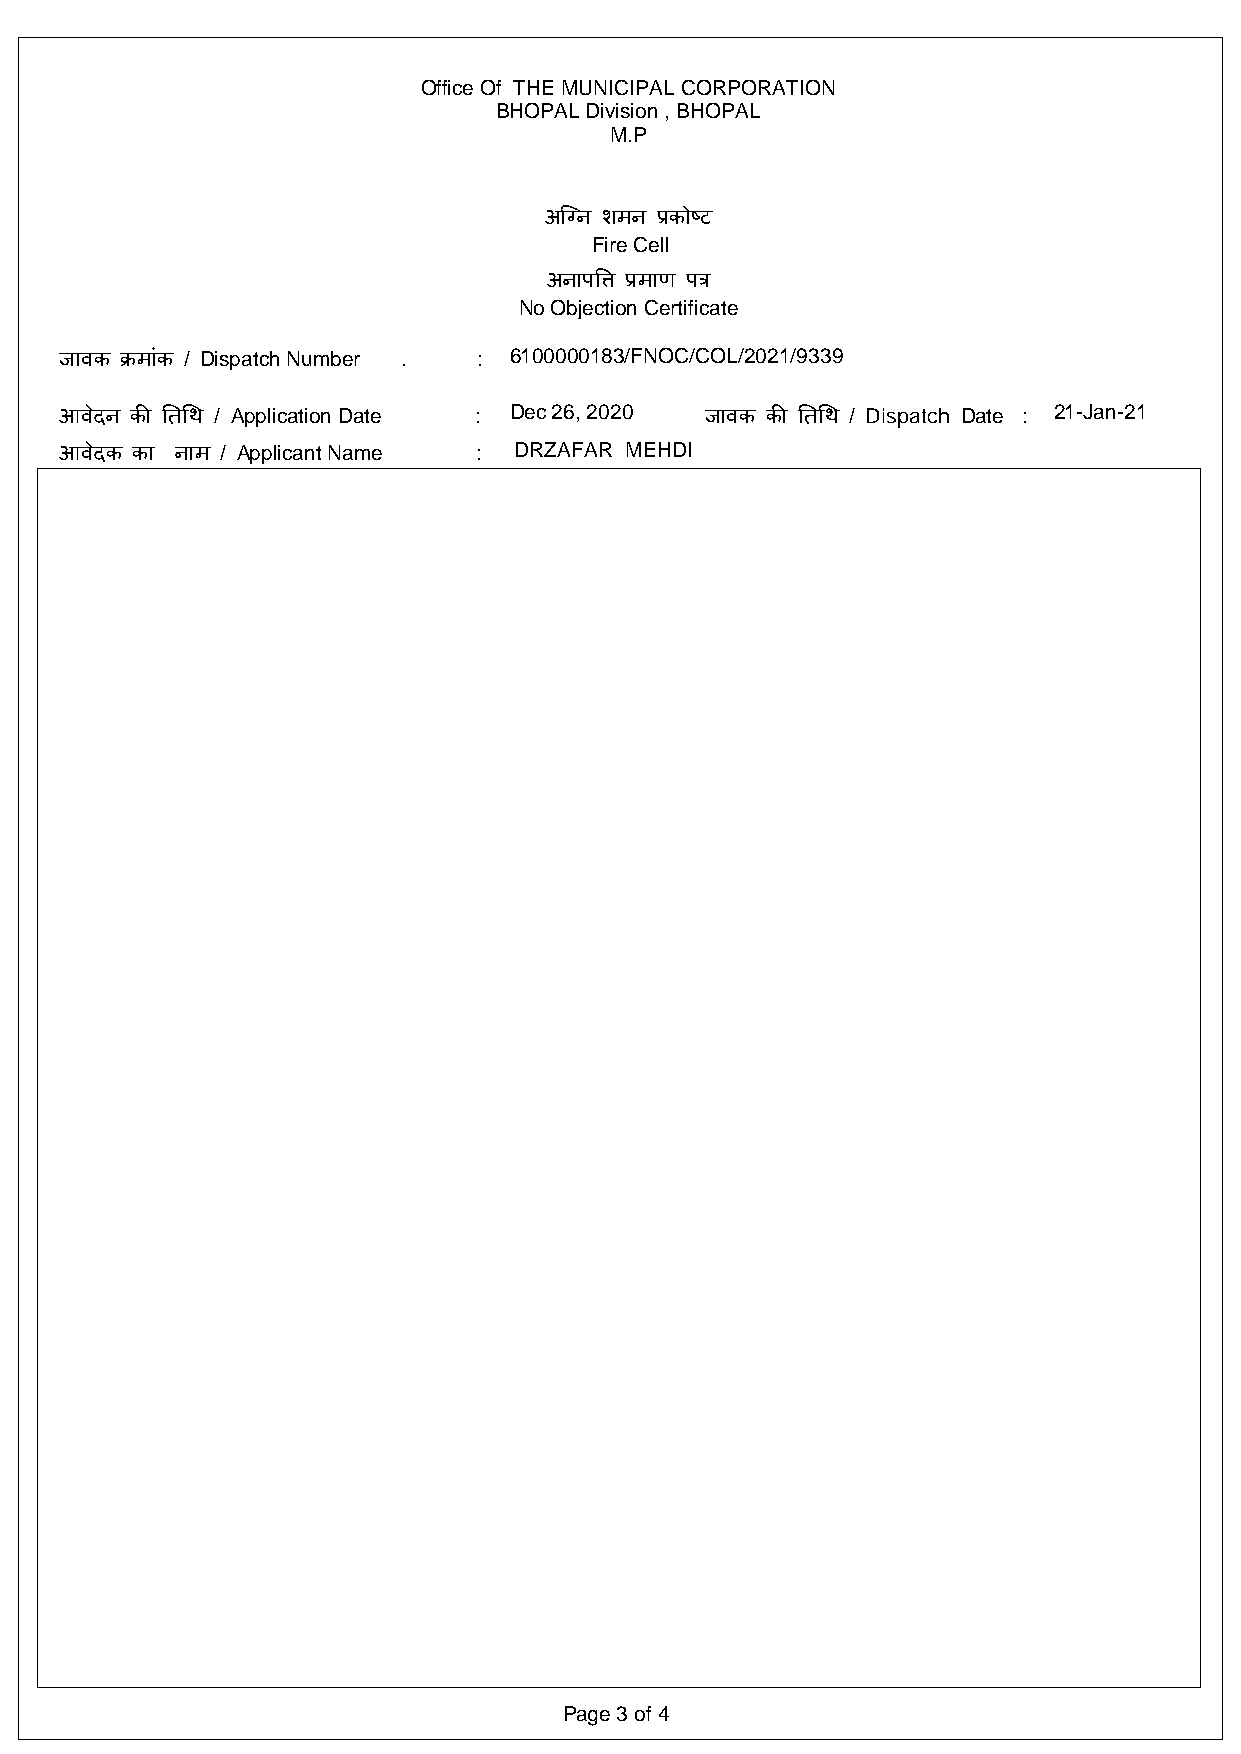
Office Of THE MUNICIPAL CORPORATION
 BHOPAL Division , BHOPAL
 M.P
 अिग्न शमन प्रकोष्ट
 Fire Cell
 अनाप�� प्रमाण पत्र
 No Objection Certificate
 जावक क्रमांक / Dispatch Number . : 6100000183/ F NOC/COL/2021/9339
 आवेदन क� �त�थ / Application Date : Dec 26, 2020 जावक क� �त�थ / Dispatch Date : 21-Jan-21
 आवेदक का नाम / Applicant Name : DRZAFAR MEHDI
 Page 3 of 4